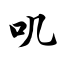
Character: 叽